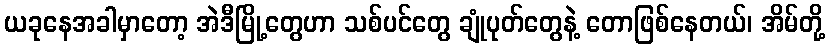
ယခုနေအခါမှာတော့ အဲဒီမြို့တွေဟာ သစ်ပင်တွေ ချုံပုတ်တွေနဲ့ တောဖြစ်နေတယ်၊ အိမ်တို့